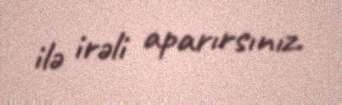
ilə irəli aparırsınız.